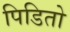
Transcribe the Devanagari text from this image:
पिडितो